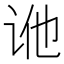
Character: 𬣢